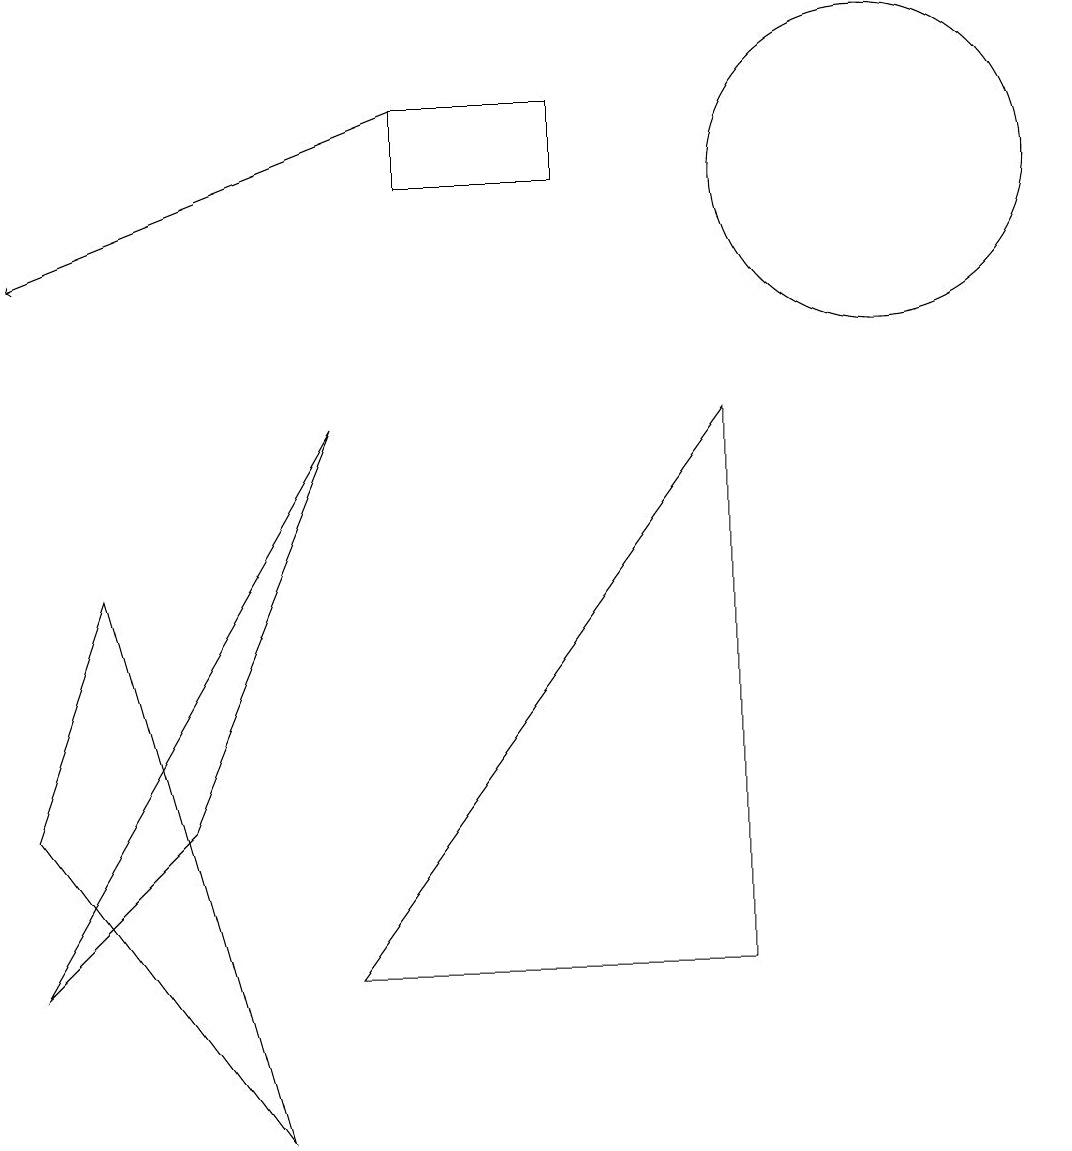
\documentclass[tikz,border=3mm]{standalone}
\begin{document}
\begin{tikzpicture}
\draw (11,12) circle (2);
\draw (9,2) -- (9,9) -- (4,2) -- cycle;
\draw (7,12) rectangle (5,13);
\draw[->] (5,13) -- (0,11);
\draw (0,2) -- (4,9) -- (2,4) -- cycle;
\draw (0,4) -- (3,0) -- (1,7) -- cycle;
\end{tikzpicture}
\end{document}